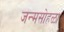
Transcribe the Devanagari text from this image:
जन्मसोहळा